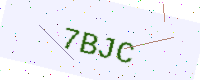
Text: 7BJC